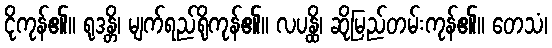
ငိုကုန်၏။ ရုဒန္တိ၊ မျက်ရည်ရိုကုန်၏။ လပန္ထိ၊ ဆိုမြည်တမ်းကုန်၏။ တေသံ၊